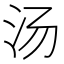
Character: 汤